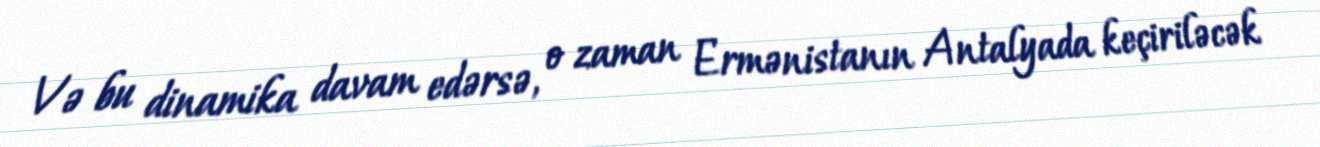
Və bu dinamika davam edərsə, o zaman Ermənistanın Antalyada keçiriləcək